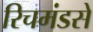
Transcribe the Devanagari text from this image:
रिचमंडसे